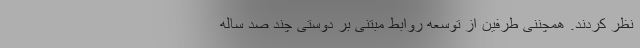
نظر کردند. همچننی طرفین از توسعه روابط مبتنی بر دوستی چند صد ساله